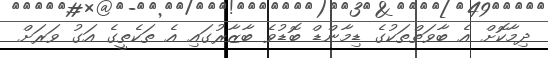
ދިމާކޮށް އެ ބާވަތްތަކުގެ ޑިމާންޑް ބޮޑުވެ ބާޒާރުގައި އެ ތަކެތީގެ އަގު ވަރަށް